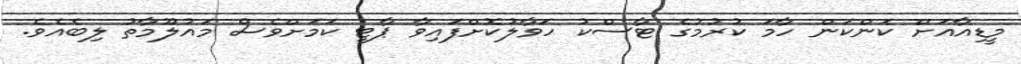
މީޑިއާއަށް ކަންކަން ހާމަ ކުރުމުގެ ޓާސްކު ހަވާލުކޮށްފައިވާ ޕާޓީ ކަމަށްވެސް މައުލޫމާތު ލިބެއެވެ.